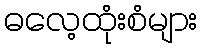
ဓလေ့ထုံးစံများ